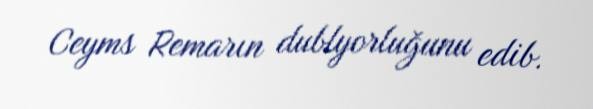
Ceyms Remarın dublyorluğunu edib.